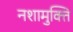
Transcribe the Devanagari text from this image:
नशामुक्ति